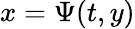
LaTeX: x=\Psi(t,y)